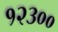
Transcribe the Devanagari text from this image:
१२३००